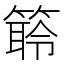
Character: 䉁